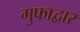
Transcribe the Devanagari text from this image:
गुफाद्वार